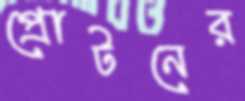
প্রোটনের